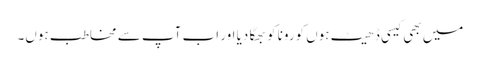
میں بھی کیسی ڈھیٹ ہوں کورونا کو بھگا دیا اور اب آپ سے مخاطب ہوں۔